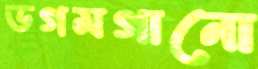
ডগমগানো